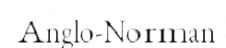
Anglo-Norman